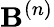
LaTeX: \mathbf{B}^{(n)}